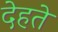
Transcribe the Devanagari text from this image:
देहते